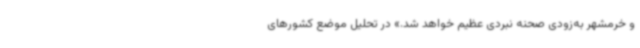
و خرمشهر به‌زودی صحنه نبردی عظیم خواهد شد.» در تحلیل موضع کشورهای